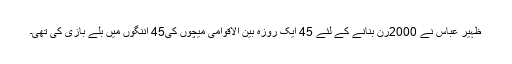
ظہیر عباس نے 2000رن بنانے کے لئے 45 ایک روزہ بین الاقوامی میچوں کی45 اننگوں میں بلے بازی کی تھی۔